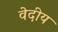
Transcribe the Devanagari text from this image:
वेदीय